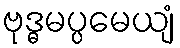
ဗုဒ္ဓမပ္ပမေယျံ